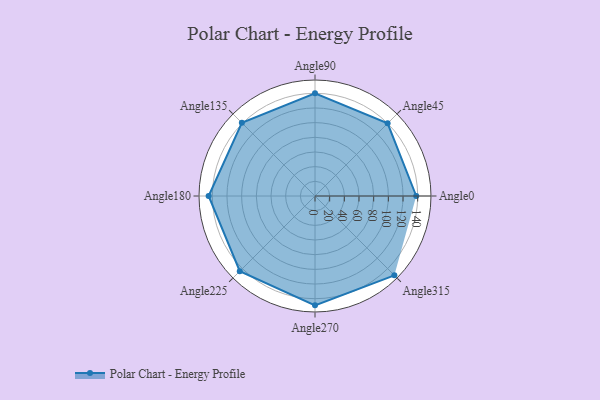
{"axis": {"x": "Angle", "y": "Radius"}, "legend": [""], "data": [{"x": "Angle0", "y": 138.0, "type": ""}, {"x": "Angle45", "y": 140.0, "type": ""}, {"x": "Angle90", "y": 140.0, "type": ""}, {"x": "Angle135", "y": 141.0, "type": ""}, {"x": "Angle180", "y": 145.0, "type": ""}, {"x": "Angle225", "y": 145.0, "type": ""}, {"x": "Angle270", "y": 149.0, "type": ""}, {"x": "Angle315", "y": 153.0, "type": ""}]}